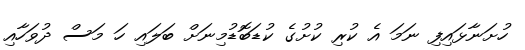
ހުށަނާޅައިފި ނަމަ އެ ކުރި ކުށުގެ ކުޑަބޮޑުމިނަށް ބަލައި ހަ މަސް ދުވަހާއި